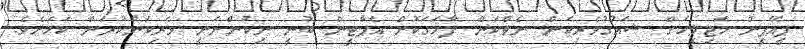
ޕީއޭޕީން މަޖިލީހަށް ޝައުގުވެރިކަން ނެތްކަން ފާހަގަކޮށް އެޕާޓީން ބުނީ ނިކުންނަނީ ވެރިކަންކުރަން ކަމަށެވެ.